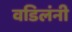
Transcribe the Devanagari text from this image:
वडिलंनी